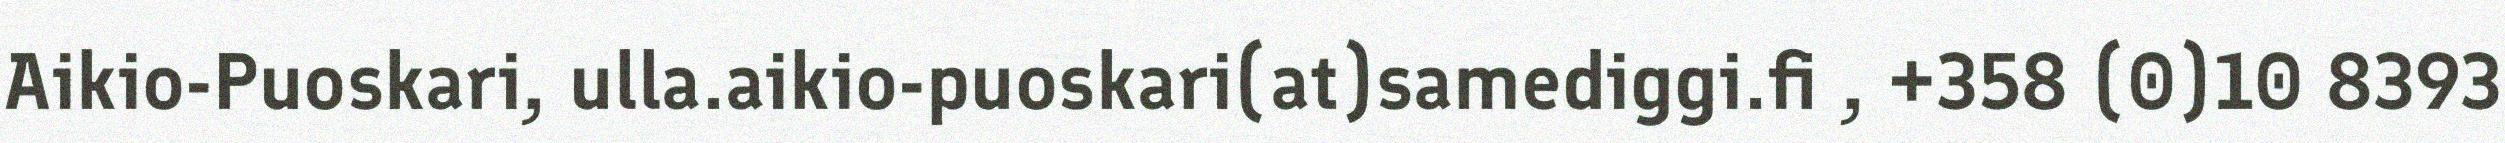
Aikio-Puoskari, ulla.aikio-puoskari(at)samediggi.fi , +358 (0)10 8393